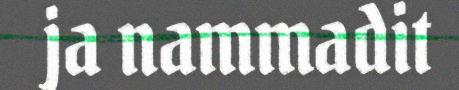
ja nammadit